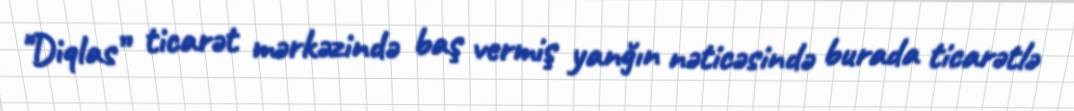
"Diqlas” ticarət mərkəzində baş vermiş yanğın nəticəsində burada ticarətlə